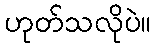
ဟုတ်သလိုပဲ။